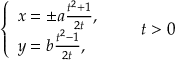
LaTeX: { \left\{ \begin{array} { l l } { x = \pm a { \frac { t ^ { 2 } + 1 } { 2 t } } , } \\ { y = b { \frac { t ^ { 2 } - 1 } { 2 t } } , } \end{array} \right. } \qquad t > 0